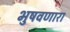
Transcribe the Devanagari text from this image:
भुषवणारा